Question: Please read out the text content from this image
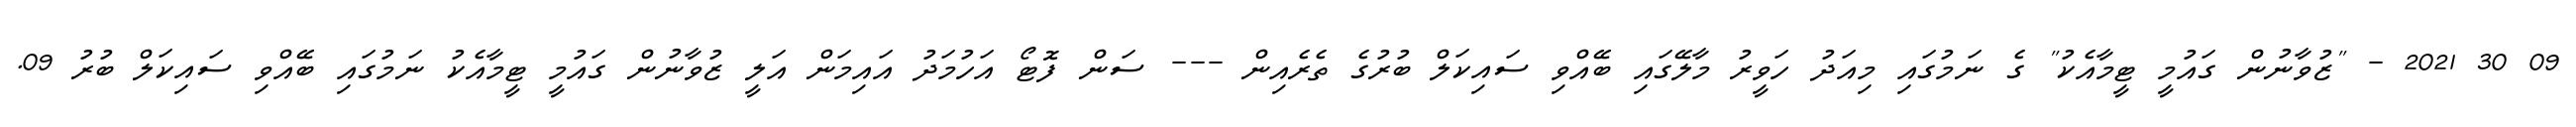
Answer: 09 30 2021 - "ޒުވާނުން ގައުމީ ޓީމާއެކު" ގެ ނަމުގައި މިއަދު ހަވީރު މާލޭގައި ބޭއްވި ސައިކަލް ބުރުގެ ތެރެއިން --- ސަން ފޮޓޯ އަހުމަދު އައިމަން އަލީ ޒުވާނުން ގައުމީ ޓީމާއެކު ނަމުގައި ބޭއްވި ސައިކަލް ބުރު 09.